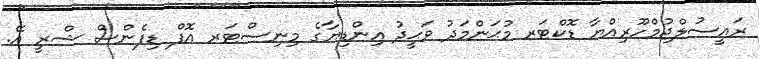
ރައީސުލްޖުމްހޫރިއްޔާ ޑޮކްޓަރ މުޙަންމަދު ވަޙީދު އިންޑިޔާގެ މިނިސްޓަރ އޮފް ޑިފެންސް ޝްރީ އޭ.